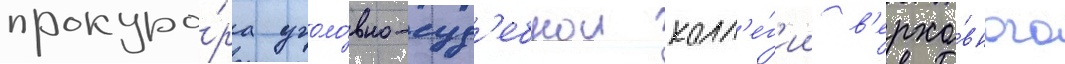
прокуро́ра уголо́вно-суд'ебнои колл'е́г'ии в'ерхо́вного